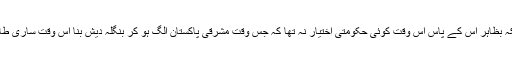
اس نے ملک بھی توڑ دیا تھا حالانکہ بظاہر اس کے پاس اس وقت کوئی حکومتی اختیار نہ تھا کہ جس وقت مشرقی پاکستان الگ ہو کر بنگلہ دیش بنا اس وقت ساری طاقت صرف یحیی خان کے پاس تھی۔